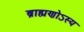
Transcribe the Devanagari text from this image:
ब्राह्मणोऽस्य